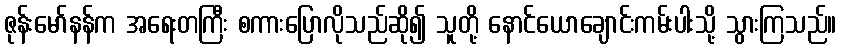
ဇုန်းမော်နန်က အရေးတကြီး စကားပြောလိုသည်ဆို၍ သူတို့ နောင်ယောချောင်းကမ်းပါးသို့ သွားကြသည်။